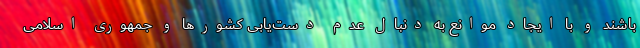
باشند و با ایجاد موانع به دنبال عدم دست‌یابی کشورها و جمهوری اسلامی